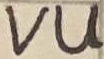
Text: VU